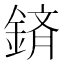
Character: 𮢕